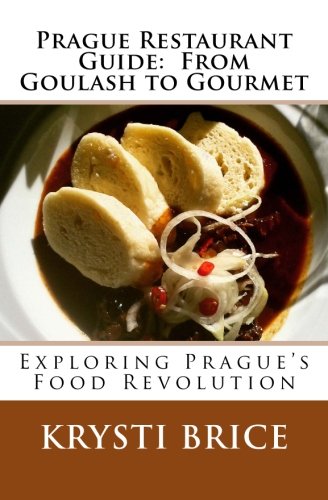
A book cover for Prague Restaurant Guide:  From Goulash to Gourmet; Krysti Brice; Travel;